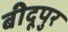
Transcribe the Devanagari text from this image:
बीदूपुर